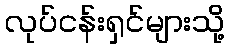
လုပ်ငန်းရှင်များသို့